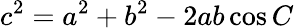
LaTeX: c^{2}=a^{2}+b^{2}-2ab\cos C